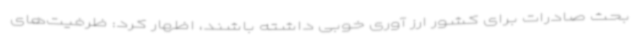
بحث صادرات برای کشور ارز آوری خوبی داشته باشند، اظهار کرد: ظرفیت‌های